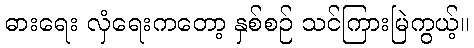
ဓားရေး လှံရေးကတော့ နှစ်စဉ် သင်ကြားမြဲကွယ့်။